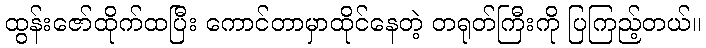
ထွန်းဇော်ထိုက်ထပြီး ကောင်တာမှာထိုင်နေတဲ့ တရုတ်ကြီးကို ပြကြည့်တယ်။